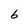
Character: b